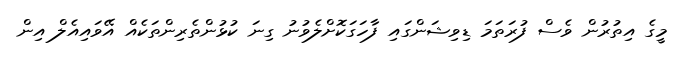
މީގެ އިތުރުން ވެސް ފުރަތަމަ ޑިވިޝަންގައި ފާހަގަކޮށްލެވުނު ގިނަ ކުޅުންތެރިންތަކެއް އޭވައިއެލް އިން